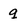
Character: q